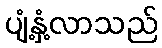
ပျံ့နှံ့လာသည်